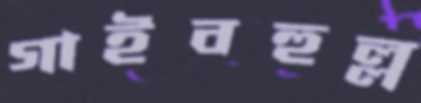
গাইবহুল্ল